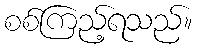
စစ်ကြည့်ရသည်။